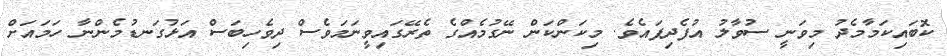
ކޮބައިކަމާމެދު މިވަނީ ސުވާލު އުފެދިފައެވެ. މިކަންކަން ނޭގުމެއްގެ ތެރޭގައިވީނަމަވެސް ދިވެހިބަސް އަޅުގަނޑުމެންނާ ހަމައަށް